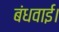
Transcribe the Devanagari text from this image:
बंधवाई।